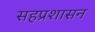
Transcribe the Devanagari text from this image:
सहप्रशासन